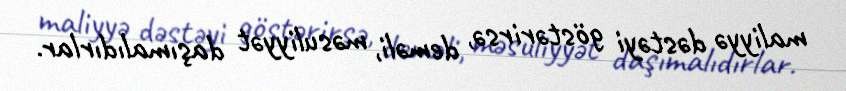
maliyyə dəstəyi göstərirsə, deməli, məsuliyyət daşımalıdırlar.